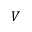
V